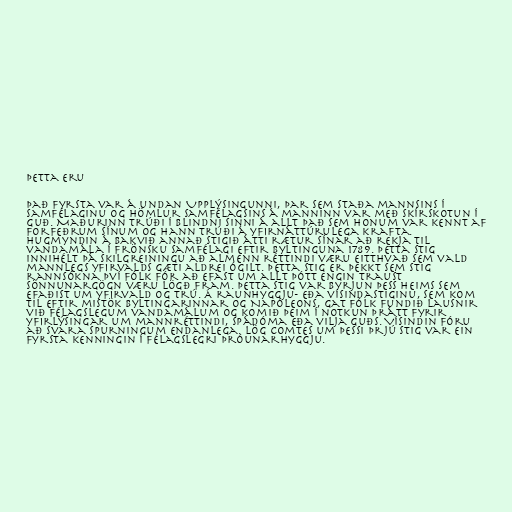
Þetta eru

Það fyrsta var á undan Upplýsingunni, þar sem staða mannsins í
samfélaginu og hömlur samfélagsins á manninn var með skírskotun í
guð. Maðurinn trúði í blindni sinni á allt það sem honum var kennt af
forfeðrum sínum og hann trúði á yfirnáttúrulega krafta.
Hugmyndin á bakvið annað stigið átti rætur sínar að rekja til
vandamála í frönsku samfélagi eftir byltinguna 1789. Þetta stig
innihélt þá skilgreiningu að almenn réttindi væru eitthvað sem vald
mannlegs yfirvalds gæti aldrei ógilt. Þetta stig er þekkt sem stig
rannsókna því fólk fór að efast um allt þótt engin traust
sönnunargögn væru lögð fram. Þetta stig var byrjun þess heims sem
efaðist um yfirvald og trú. Á raunhyggju- eða vísindastiginu, sem kom
til eftir mistök byltingarinnar og Napóleons, gat fólk fundið lausnir
við félagslegum vandamálum og komið þeim í notkun þrátt fyrir
yfirlýsingar um mannréttindi, spádóma eða vilja guðs. Vísindin fóru
að svara spurningum endanlega. Lög Comtes um þessi þrjú stig var ein
fyrsta kenningin í félagslegri þróunarhyggju.